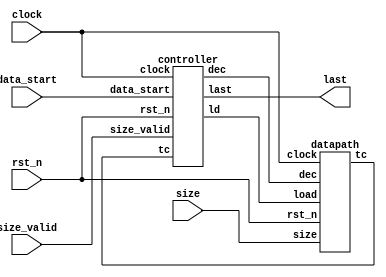
module size_count (
  input clock, rst_n,
  input size_valid,
  input [31:0] size,
  input data_start,
  output last
);
  wire ld, dec, tc;

  datapath dp (
    .clock( clock ),
    .rst_n( rst_n ),
    .size( size ),
    .dec( dec ),
    .load( ld ),
    .tc( tc )
  );

  controller ctrl (
    .clock( clock ),
    .rst_n( rst_n ),
    .size_valid( size_valid ),
    .data_start( data_start ),
    .tc( tc ),
    .ld( ld ),
    .dec( dec ),
    .last( last )
  );

endmodule

module datapath (
  input clock, rst_n,
  input [31:0] size,
  input dec, load,
  output tc
);
  reg [31:0] count;

  assign tc = ( count == 1 );

  always @( posedge clock )
    if( !rst_n )
      count <= 0;
    else
      if( load )
        count <= size;
      else
        if( dec )
          count <= count - 1;
        else
          count <= count;

endmodule

module controller (
  input clock, rst_n,
  input size_valid,
  input data_start,
  input tc,
  output reg ld, dec,
  output reg last
);

  localparam WAIT_ON_SV = 2'b00;
  localparam WAIT_ON_DS = 2'b01;
  localparam WAIT_ON_TC = 2'b11;

  reg [1:0] cstate, nstate;

  always @( posedge clock )
    if( !rst_n )
      cstate <= WAIT_ON_SV;
    else
      cstate <= nstate;

  always @*
    case( cstate )
      WAIT_ON_SV : begin
          dec  <= 0;
          ld   <= size_valid;
          last <= 0;

          nstate <= size_valid ? WAIT_ON_DS : WAIT_ON_SV;
        end

      WAIT_ON_DS : begin
          dec  <= 0;
          ld   <= 0;
          last <= 0;

          nstate <= data_start ? WAIT_ON_TC : WAIT_ON_DS;
        end

      WAIT_ON_TC : begin
          dec  <= ~tc;
          ld   <= 0;
          last <= tc;

          nstate <= tc ? WAIT_ON_SV : WAIT_ON_TC;
        end

      default : begin
          dec  <= 0;
          ld   <= 0;
          last <= 0;
          nstate <= WAIT_ON_SV;
        end
    endcase

endmodule